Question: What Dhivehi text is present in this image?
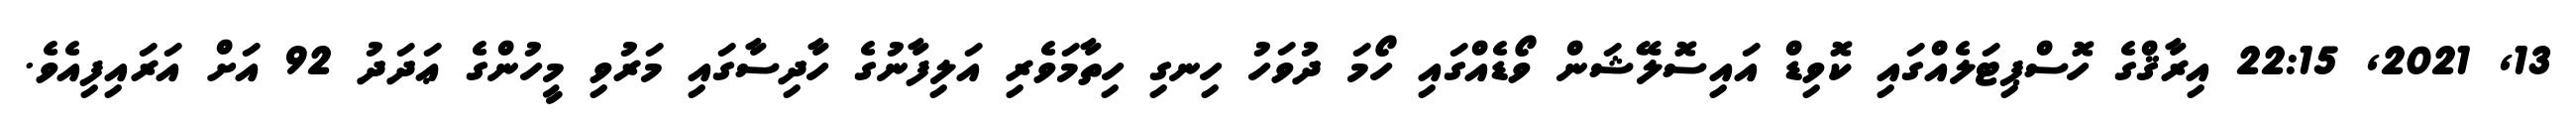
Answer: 13, 2021, 22:15 އިރާޤްގެ ހޮސްޕިޓަލެއްގައި ކޮވިޑް އައިސޮލޭޝަން ވޯޑެއްގައި ހޯމަ ދުވަހު ހިނގި ހިތާމަވެރި އަލިފާނުގެ ހާދިސާގައި މަރުވި މީހުންގެ ޢަދަދު 92 އަށް އަރައިފިއެވެ.